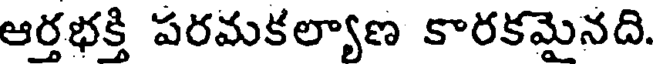
ఆర్తభక్తి పరమకల్యాణ కారకమైనది.